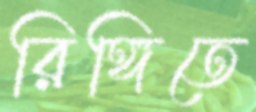
রিঙ্গিতে